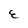
Character: E